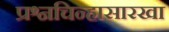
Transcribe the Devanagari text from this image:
प्रश्नचिन्हासारखा